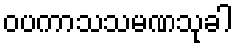
ဝပကာသသမဏသုခါ